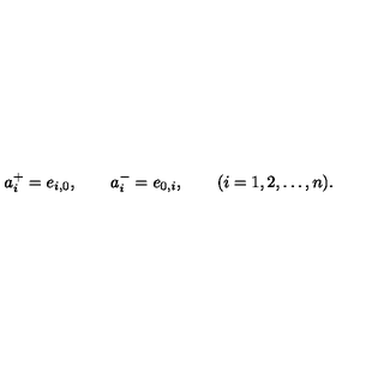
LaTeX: a _ { i } ^ { + } = e _ { i , 0 } , \qquad a _ { i } ^ { - } = e _ { 0 , i } , \qquad ( i = 1 , 2 , \ldots , n ) .